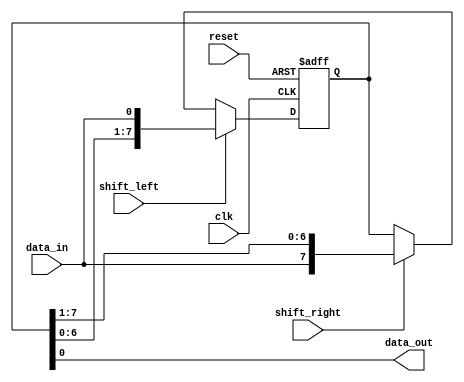
module shift_register
(
    input wire clk,
    input wire reset,
    input wire shift_left,
    input wire shift_right,
    input wire data_in,
    output reg data_out
);

reg [7:0] register;

always @(posedge clk or posedge reset)
begin
    if (reset)
        register <= 8'b00000000;
    else if (shift_left)
        register <= {register[6:0], data_in};
    else if (shift_right)
        register <= {data_in, register[7:1]};
end

assign data_out = register[0];

endmodule